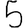
Digit: 5